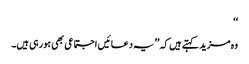
‘‘
وہ مزید کہتے ہیں کہ ’’یہ دعائیں اجتماعی بھی ہورہی ہیں۔